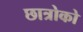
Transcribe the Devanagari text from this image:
छात्रोको